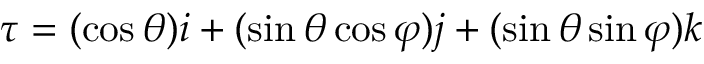
\tau = ( \cos \theta ) i + ( \sin \theta \cos \varphi ) j + ( \sin \theta \sin \varphi ) k